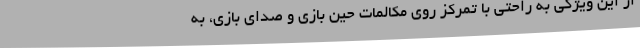
از این ویژگی به راحتی با تمرکز روی مکالمات حین بازی و صدای بازی، به